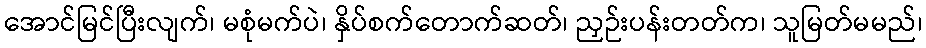
အောင်မြင်ပြီးလျက်၊ မစုံမက်ပဲ၊ နှိပ်စက်တောက်ဆတ်၊ ညှဉ်းပန်းတတ်က၊ သူမြတ်မမည်၊